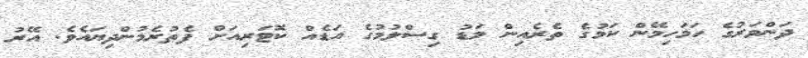
ދަންވަރުގެ ހަމަހިމޭން ކަމުގެ ތެރެއިން މަޑު ގިސްލުމުގެ އަޑެއް ކޮޓަރިއަށް ފެތުރެމުންދިޔައެވެ. އޭރު